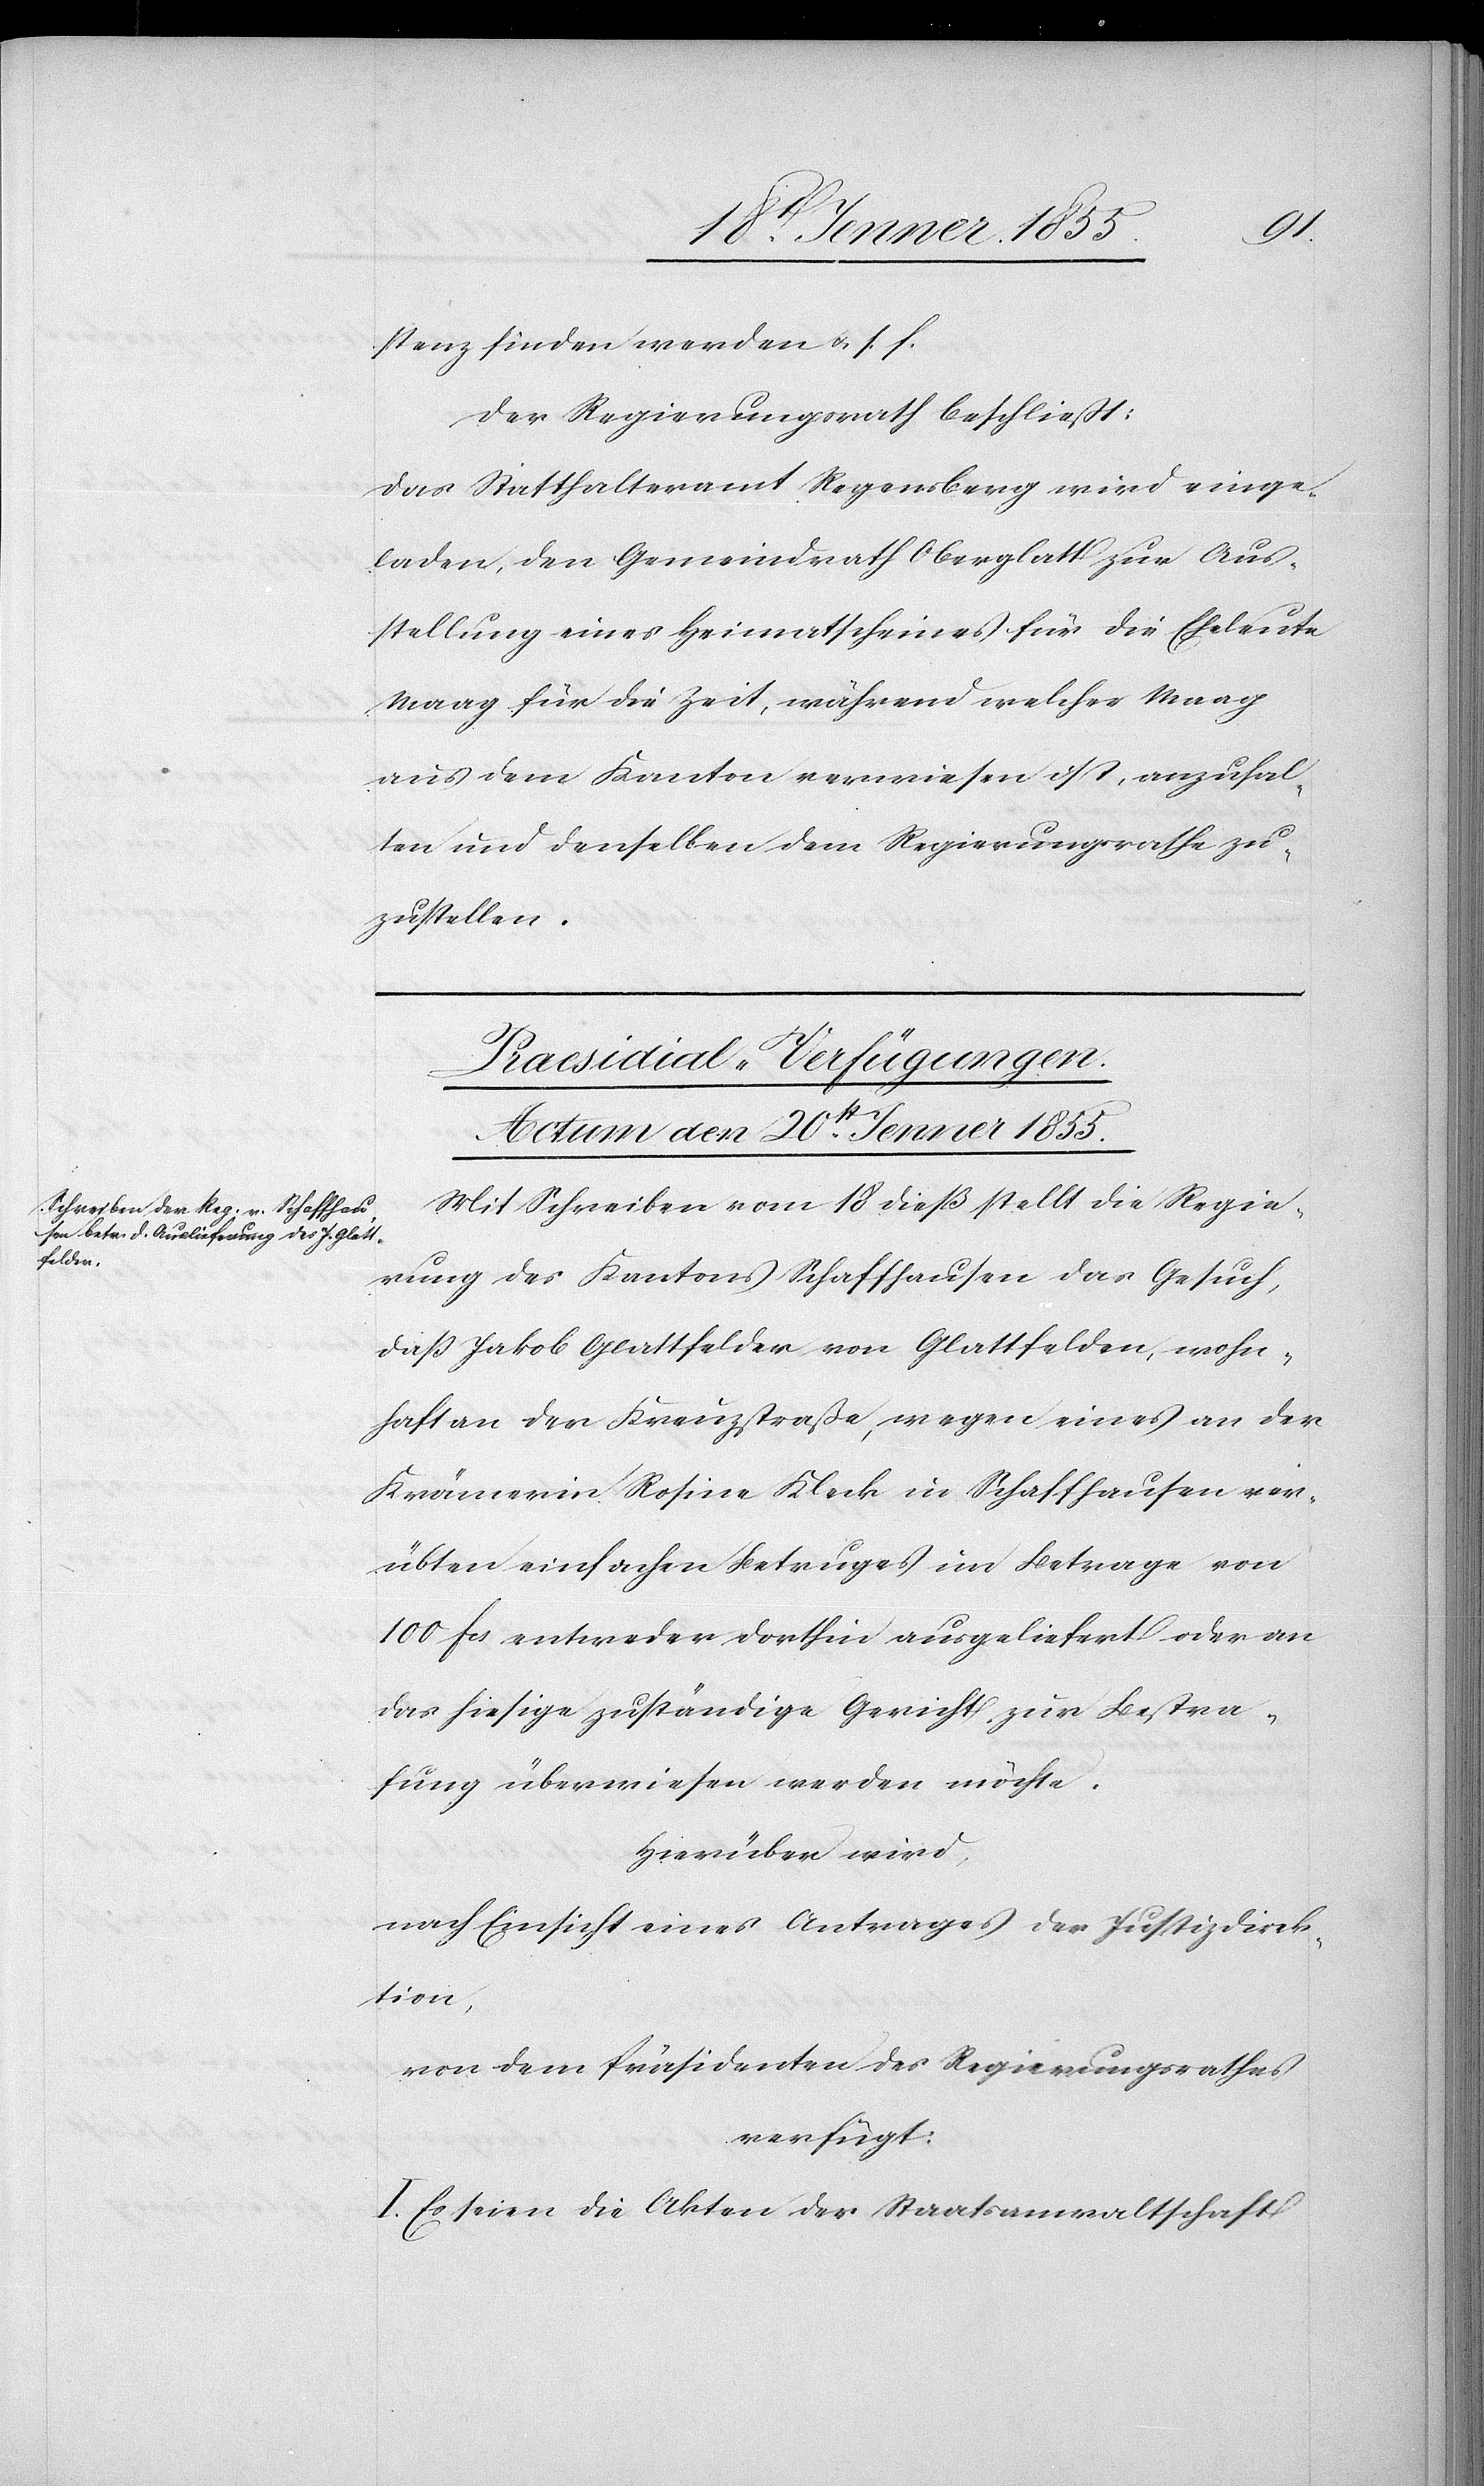
stenz finden werden & s. f.
Der Regierungsrath beschliesst:
Das Statthalteramt Regensberg wird einge¬
laden, den Gemeindrath Oberglatt zur Aus¬
stellung eines Heimatscheines für die Eheleute
Maag für die Zeit, während welcher Maag
aus dem Kanton verwiesen ist, anzuhal¬
ten und denselben dem Regierungsrathe zu¬
zustellen.
Praesidial-Verfügungen.
Actum den 20st. Jenner 1855.
Mit Schreiben vom 18 dieß stellt die Regie¬
rung des Kantons Schaffhausen das Gesuch,
daß Jakob Glattfelder von Glattfelden, wohn¬
haft an der Kreuzstraße, wegen eines an der
Krämerin Rosine Kleck in Schaffhausen ver¬
übten einfachen Betruges im Betrage von
100 Fcs entweder dorthin ausgeliefert oder an
das hiesige zuständige Gericht zur Bestra¬
fung überwiesen werden möchte.
Hierüber wird,
nach Einsicht eines Antrages der Justizdirek¬
tion,
von dem Präsidenten des Regierungsrathes
verfügt:
I. Es seien die Akten der Staatsanwaltschaft